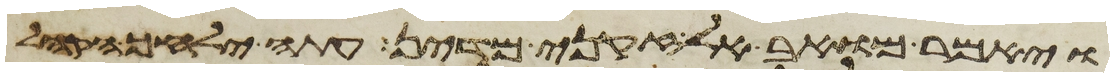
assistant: ויאמר מואב אל זקני מדין עתה ילחך הקהל